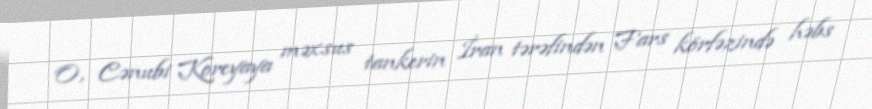
O, Cənubi Koreyaya məxsus tankerin İran tərəfindən Fars körfəzində həbs